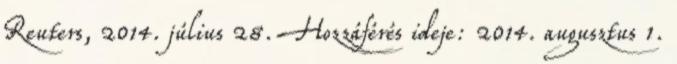
Reuters, 2014. július 28. Hozzáférés ideje: 2014. augusztus 1.